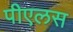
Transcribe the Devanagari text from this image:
पीएलस